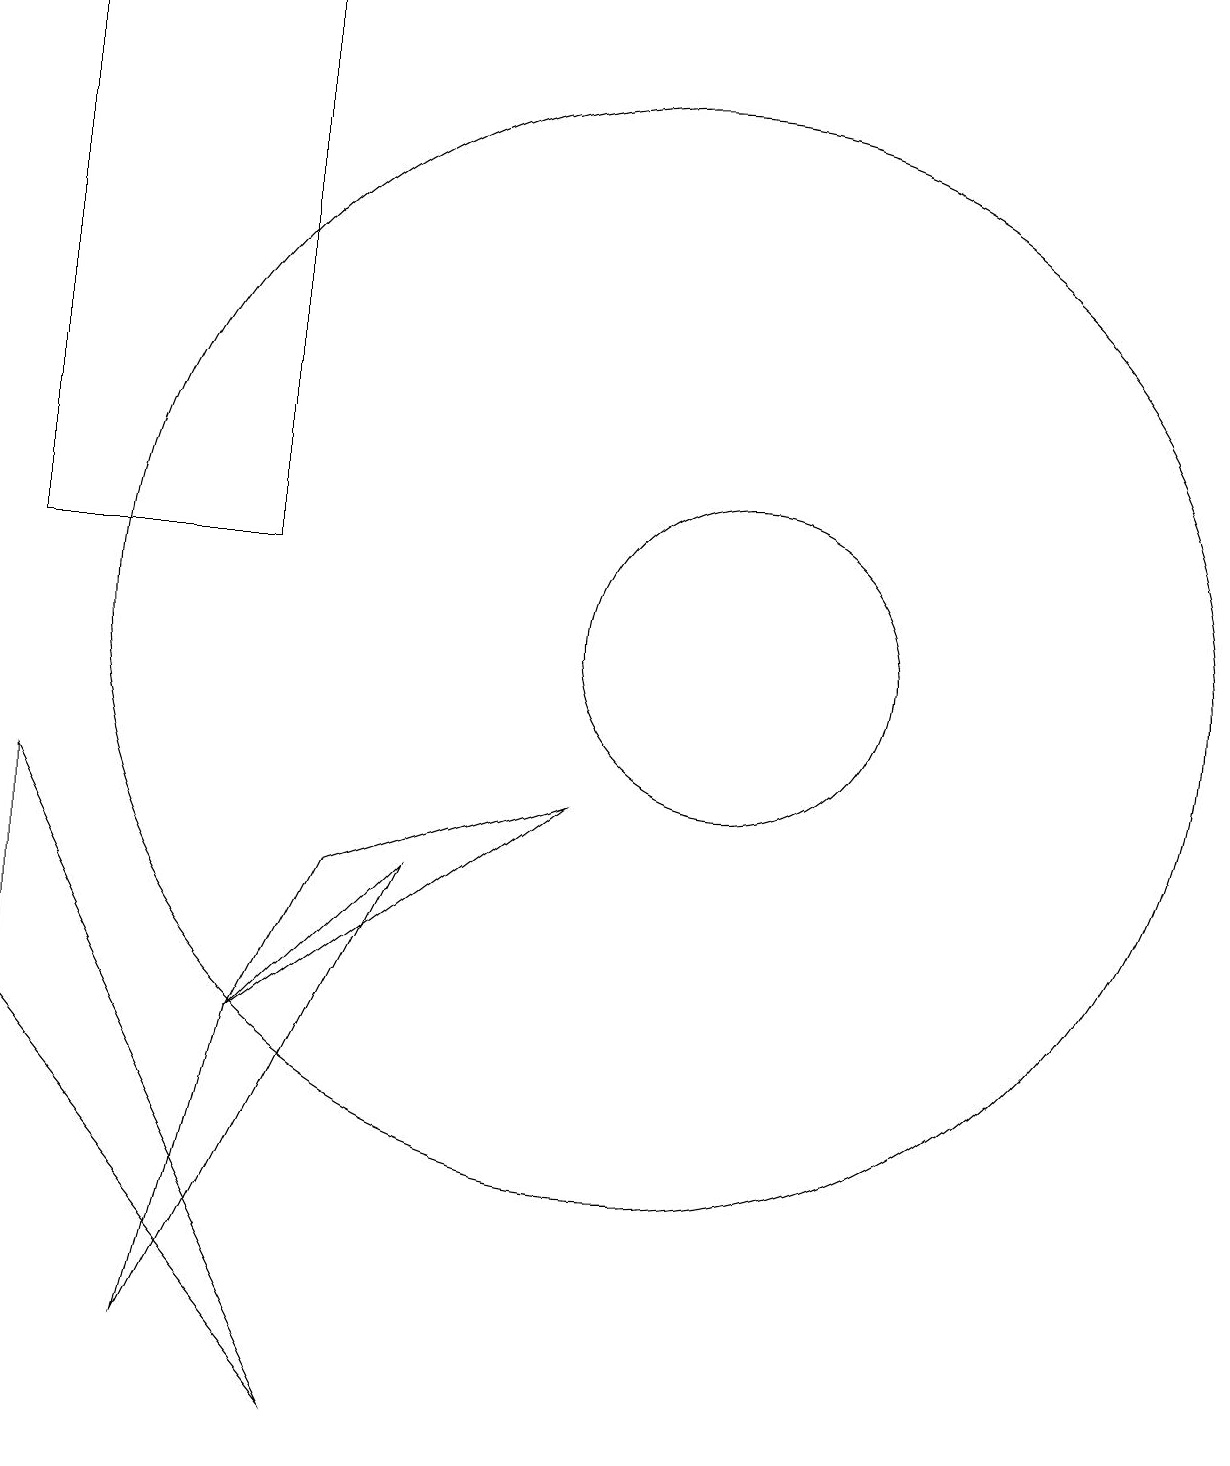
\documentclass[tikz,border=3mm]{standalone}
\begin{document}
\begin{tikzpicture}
\draw (11,11) circle (2);
\draw (2,19) rectangle (5,12);
\draw (10,11) circle (7);
\draw (5,6) -- (9,9) -- (6,8) -- cycle;
\draw (2,9) -- (6,1) -- (2,6) -- cycle;
\draw (5,6) -- (4,2) -- (7,8) -- cycle;
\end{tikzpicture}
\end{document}